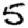
Digit: 5